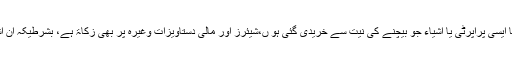
اس کے علاوہ خواتین کا سونا چاندی کازیور ، یا ایسی پراپرٹی یا اشیاء جو بیچنے کی نیت سے خریدی گئی ہو ں،شیئرز اور مالی دستاویزات وغیرہ پر بھی زکاۃ ہے، بشرطیکہ ان اشیاء یا بعض چیزوں کا مالک صاحبِ نصاب ہو۔